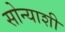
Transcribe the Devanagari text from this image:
सोन्याशी